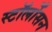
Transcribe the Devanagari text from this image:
स्टॉर्लोसन